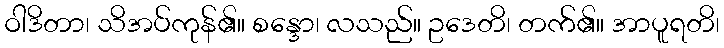
ဝါဒိတာ၊ သိအပ်ကုန်၏။ စန္ဒော၊ လသည်။ ဥဒေတိ၊ တက်၏။ အာပူရတိ၊